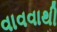
વાવવાથી